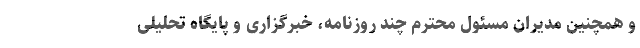
و همچنین مدیران مسئول محترم چند روزنامه، خبرگزاری و پایگاه تحلیلی